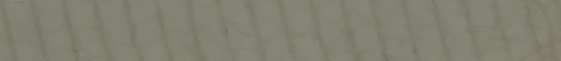
تجاريب و أجهزة طبية متوفر